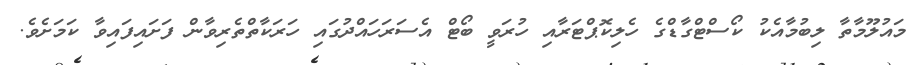
މައުލޫމާތާ ލިބުމާއެކު ކޯސްޓްގާޑްގެ ހެލިކޮޕްޓަރާއި ހުރަވީ ބޯޓް އެސަރަހައްދުގައި ހަރަކާތްތެރިވާން ފަށައިފައިވާ ކަމަށެވެ.